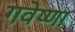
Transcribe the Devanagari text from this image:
गवेष्णा